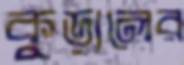
কুড়ালের